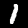
Label: 1